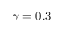
\gamma = 0 . 3